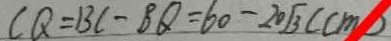
C Q = B C - B Q = 6 0 - 2 0 \sqrt { 3 } ( c m )